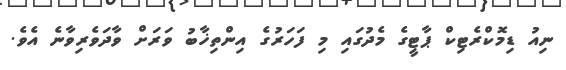
ނިއު ޑިމޮކްރެޓިކް ޕާޓީގެ މެދުގައި މި ފަހަރުގެ އިންތިޚާބު ވަރަަށް ވާދަވެރިވާނެެ އެވެ.